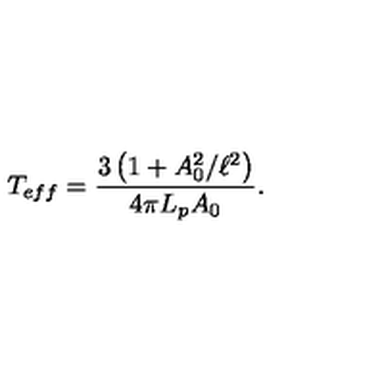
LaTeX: T _ { e f f } = \frac { 3 \left( 1 + A _ { 0 } ^ { 2 } / \ell ^ { 2 } \right) } { 4 \pi L _ { p } A _ { 0 } } .